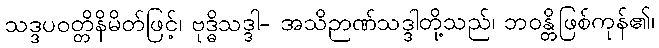
သဒ္ဒပဝတ္တိနိမိတ်ဖြင့်၊ ဗုဒ္ဓိသဒ္ဒါ- အသိဉာဏ်သဒ္ဒါတို့သည်၊ ဘဝန္တိဖြစ်ကုန်၏၊